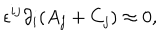
LaTeX: \epsilon ^ { i j } \partial _ { i } ( A _ { j } + C _ { j } ) \approx 0 ,